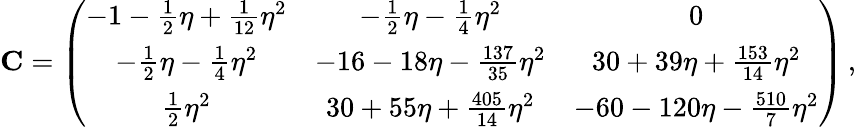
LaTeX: {\mathbf C}=\left(\begin{array}{ccc}{-1-\frac{1}{2}\eta+\frac{1}{12}\eta^{2}}&{-\frac{1}{2}\eta-\frac{1}{4}\eta^{2}}&{0}\\ {-\frac{1}{2}\eta-\frac{1}{4}\eta^{2}}&{-16-18\eta-\frac{137}{35}\eta^{2}}&{30+39\eta+\frac{153}{14}\eta^{2}}\\ {\frac{1}{2}\eta^{2}}&{30+55\eta+\frac{405}{14}\eta^{2}}&{-60-120\eta-\frac{510}{7}\eta^{2}}\end{array}\right)\, ,